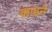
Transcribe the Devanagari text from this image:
काढने